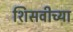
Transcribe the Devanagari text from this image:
शिसवीच्या